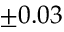
\pm 0 . 0 3